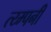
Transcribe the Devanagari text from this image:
त्य्म्पनी